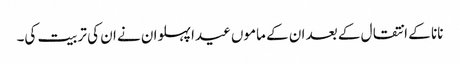
نانا کے انتقال کے بعد ان کے ماموں عیدا پہلوان نے ان کی تربیت کی۔